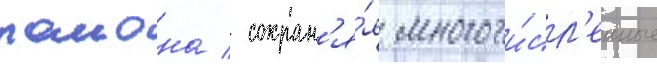
раиона / сохран'я́я многочи́сл'енные